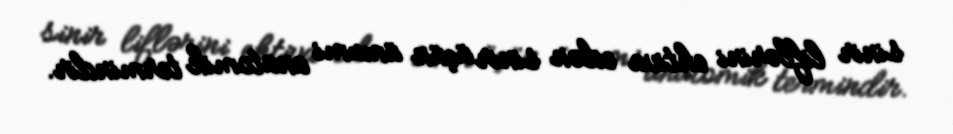
sinir liflərini ehtiva edən sinir üçün ümumi anatomik termindir.